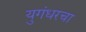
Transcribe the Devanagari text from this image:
युगंधरचा